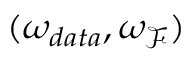
( \omega _ { d a t a } , \omega _ { \mathcal { F } } )